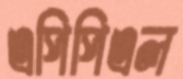
এপিপিএল